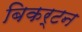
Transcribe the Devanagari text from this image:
बिकर्टन